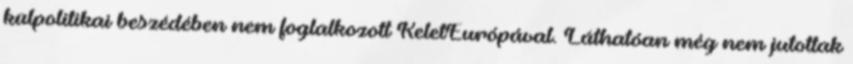
külpolitikai beszédében nem foglalkozott KeletEurópával. Láthatóan még nem jutottak